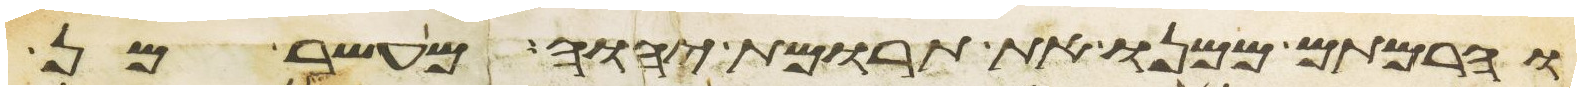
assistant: והרמתם ממנו את תרומת יהוה מעשר מן